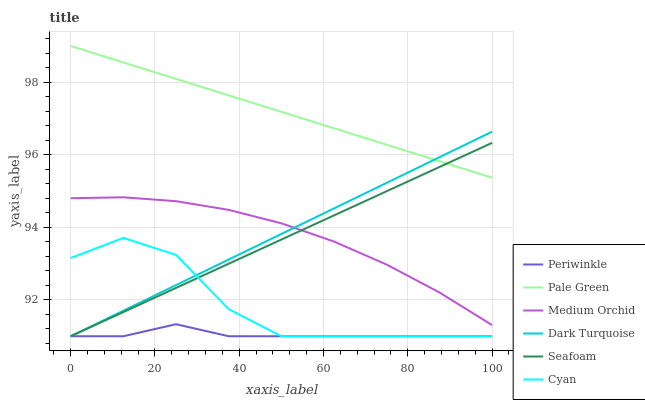
| xaxis_label | Periwinkle | Pale Green | Medium Orchid | Dark Turquoise | Seafoam | Cyan |
 | --- | --- | --- | --- | --- | --- | --- |
 | 0 | 91 | 99 | 94.8 | 91 | 91 | 93.2 |
 | 12.5 | 91 | 98.5 | 94.8 | 91.7 | 91.7 | 93.7 |
 | 25 | 91.3 | 98.1 | 94.7 | 92.4 | 92.3 | 93.2 |
 | 37.5 | 91 | 97.6 | 94.5 | 93.1 | 93 | 91.7 |
 | 50 | 91 | 97.2 | 94.1 | 93.8 | 93.7 | 91 |
 | 62.5 | 91 | 96.7 | 93.6 | 94.5 | 94.3 | 91 |
 | 75 | 91 | 96.3 | 93 | 95.2 | 95 | 91 |
 | 87.5 | 91 | 95.8 | 92.2 | 95.9 | 95.7 | 91 |
 | 100 | 91 | 95.4 | 91.3 | 96.6 | 96.3 | 91 |